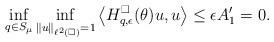
LaTeX: \begin{align*} \inf_{q \in S_\mu} \inf_{\|u\|_{\ell^2(\square)} = 1} \left \langle H_{q, \epsilon}^\square(\theta) u,u \right \rangle \leq \epsilon A'_1= 0.\end{align*}